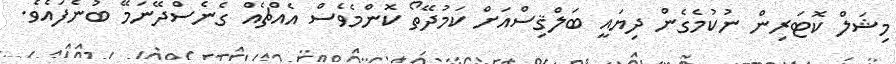
މިޝަލް ކޮޓަރިން ނުކުމެގެން ދިޔައީ ބަލްޤިސްއަށް ކަމުދޭތޯ ކޮންމެވެސް އެއްޗެއް ގެނެސްދޭނަމޭ ބުނެފައެވެ.